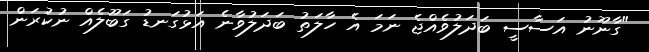
"ގާނޫނު އަސާސީ ބަދަލުވެއްޖެ ނަމަ އެ ހާލަތު ބަދަލުވާނެ އަޅުގަނޑު ގަބޫލެއް ނުކުރަން